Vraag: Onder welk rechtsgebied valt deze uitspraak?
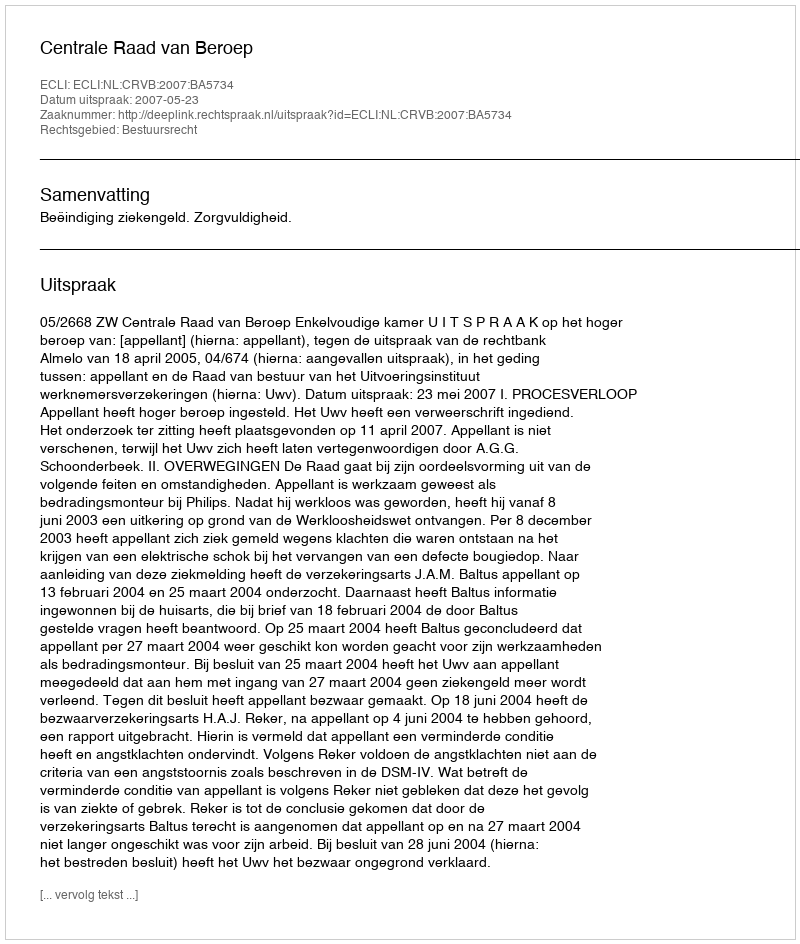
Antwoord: Bestuursrecht